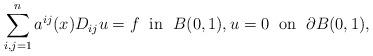
LaTeX: \begin{align*}\sum_{i,j=1}^n a^{ij}(x) D_{ij} u=f\;\mbox{ in }\; B(0,1),u=0\;\mbox{ on }\;\partial B(0,1),\end{align*}